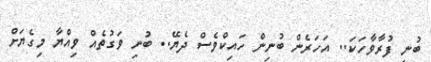
ބުނި ފުރާވާހަކަ.. އަހަރެން ބުނިން ހައިކްވެސް ދެޔޭ.. ބުނި ވަގުތެއް ވިއްޔާ މިގެޔަށް